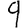
Digit: 9